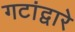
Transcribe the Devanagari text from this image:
गटांद्वारे